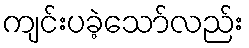
ကျင်းပခဲ့သော်လည်း